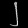
Digit: ၂